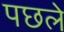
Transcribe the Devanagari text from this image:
पछले